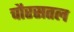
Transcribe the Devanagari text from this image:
चौरसतल